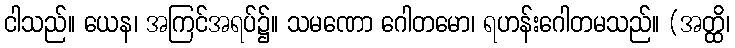
ငါသည်။ ယေန၊ အကြင်အရပ်၌။ သမဏော ဂေါတမော၊ ရဟန်းဂေါတမသည်။ (အတ္ထိ၊